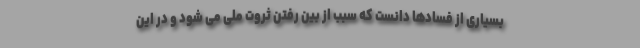
بسیاری از فسادها دانست که سبب از بین رفتن ثروت ملی می شود و در این